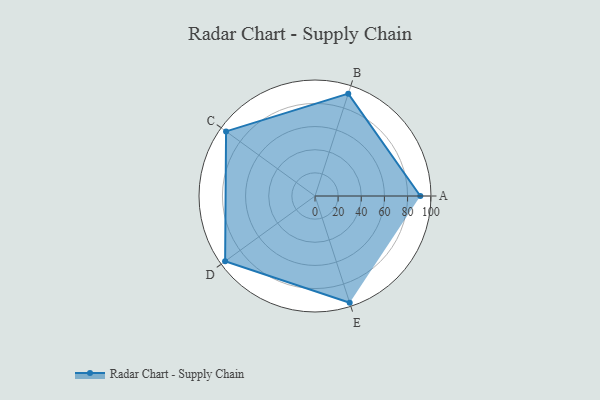
{"axis": {"x": "Skill", "y": "Score"}, "legend": ["Profile"], "data": [{"x": "A", "y": 91.0, "type": "Profile"}, {"x": "B", "y": 93.0, "type": "Profile"}, {"x": "C", "y": 95.0, "type": "Profile"}, {"x": "D", "y": 96.0, "type": "Profile"}, {"x": "E", "y": 97.0, "type": "Profile"}]}